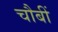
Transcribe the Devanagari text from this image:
चौबीं